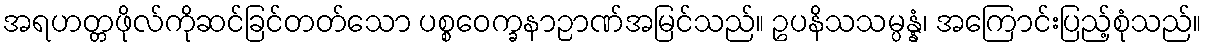
အရဟတ္တဖိုလ်ကိုဆင်ခြင်တတ်သော ပစ္စဝေက္ခနာဉာဏ်အမြင်သည်။ ဥပနိသသမ္ပန္နံ၊ အကြောင်းပြည့်စုံသည်။